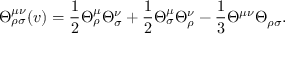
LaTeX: \Theta _ { \rho \sigma } ^ { \mu \nu } ( v ) = \frac { 1 } { 2 } \Theta _ { \rho } ^ { \mu } \Theta _ { \sigma } ^ { \nu } + \frac { 1 } { 2 } \Theta _ { \sigma } ^ { \mu } \Theta _ { \rho } ^ { \nu } - \frac { 1 } { 3 } \Theta ^ { \mu \nu } \Theta _ { \rho \sigma } .